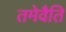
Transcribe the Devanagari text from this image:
तमेवैति